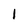
Character: 1